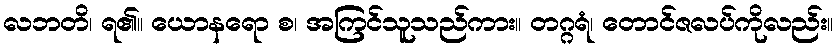
လဘတိ၊ ရ၏။ ယောနရော စ၊ အကြင်သူသည်ကား။ တဂ္ဂရံ၊ တောင်ဇလပ်ကိုလည်း။